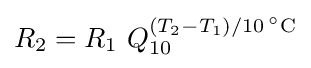
R_{2}=R_{1}~Q_{10}^{(T_{2}-T_{1})/10\,^{\circ }\mathrm {C} }